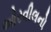
ઓરવીલનો